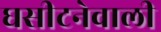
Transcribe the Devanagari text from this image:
घसीटनेवाली